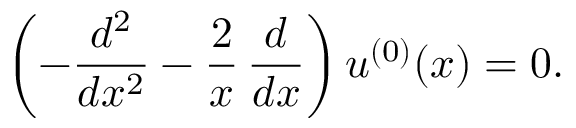
\left( - \frac { d ^ { 2 } } { d x ^ { 2 } } - \frac { 2 } { x } \, \frac { d } { d x } \right) u ^ { ( 0 ) } ( x ) = 0 .